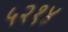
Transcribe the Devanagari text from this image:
५२१४